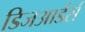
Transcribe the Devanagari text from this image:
डिजआर्डर्स